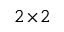
2 \! \times \! 2